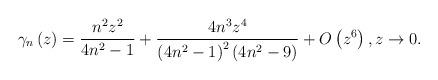
LaTeX: \begin{align*}\gamma_{n}\left( z\right) =\frac{n^{2}z^{2}}{4n^{2}-1}+\frac{4n^{3}z^{4}}{\left( 4n^{2}-1\right) ^{2}\left( 4n^{2}-9\right) }+O\left(z^{6}\right) ,z\rightarrow0. \end{align*}